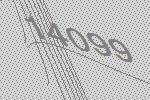
14099